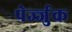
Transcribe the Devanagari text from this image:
पेर्ज्जुक